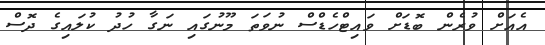
އެއަށް ވުރެން ބޮޑަށް ވައިޓްހެޑްސް ނުވަތަ މޫނުގައި ނަގާ ހުދު ކުލައިގެ ދޮސް